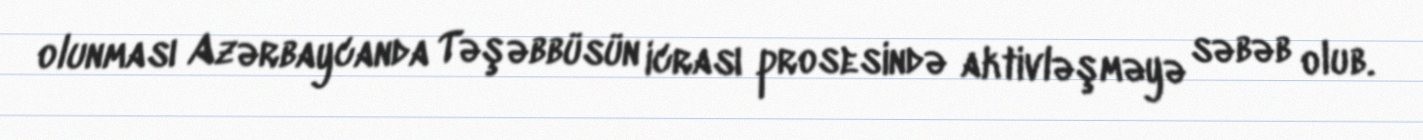
olunması Azərbaycanda Təşəbbüsün icrası prosesində aktivləşməyə səbəb olub.